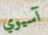
آسيوي